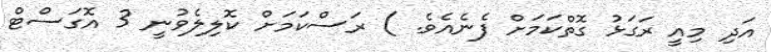
އަދި މިއީ ރަގަޅު ގޮތްކަމަށް ފެނެއެވެ. ) ރަސްކަމަށް ކޮލިލެވުނީ 3 އޮގަސްޓް